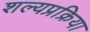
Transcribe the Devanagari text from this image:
शल्यप्रक्रिया